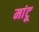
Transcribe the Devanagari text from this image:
मांटू